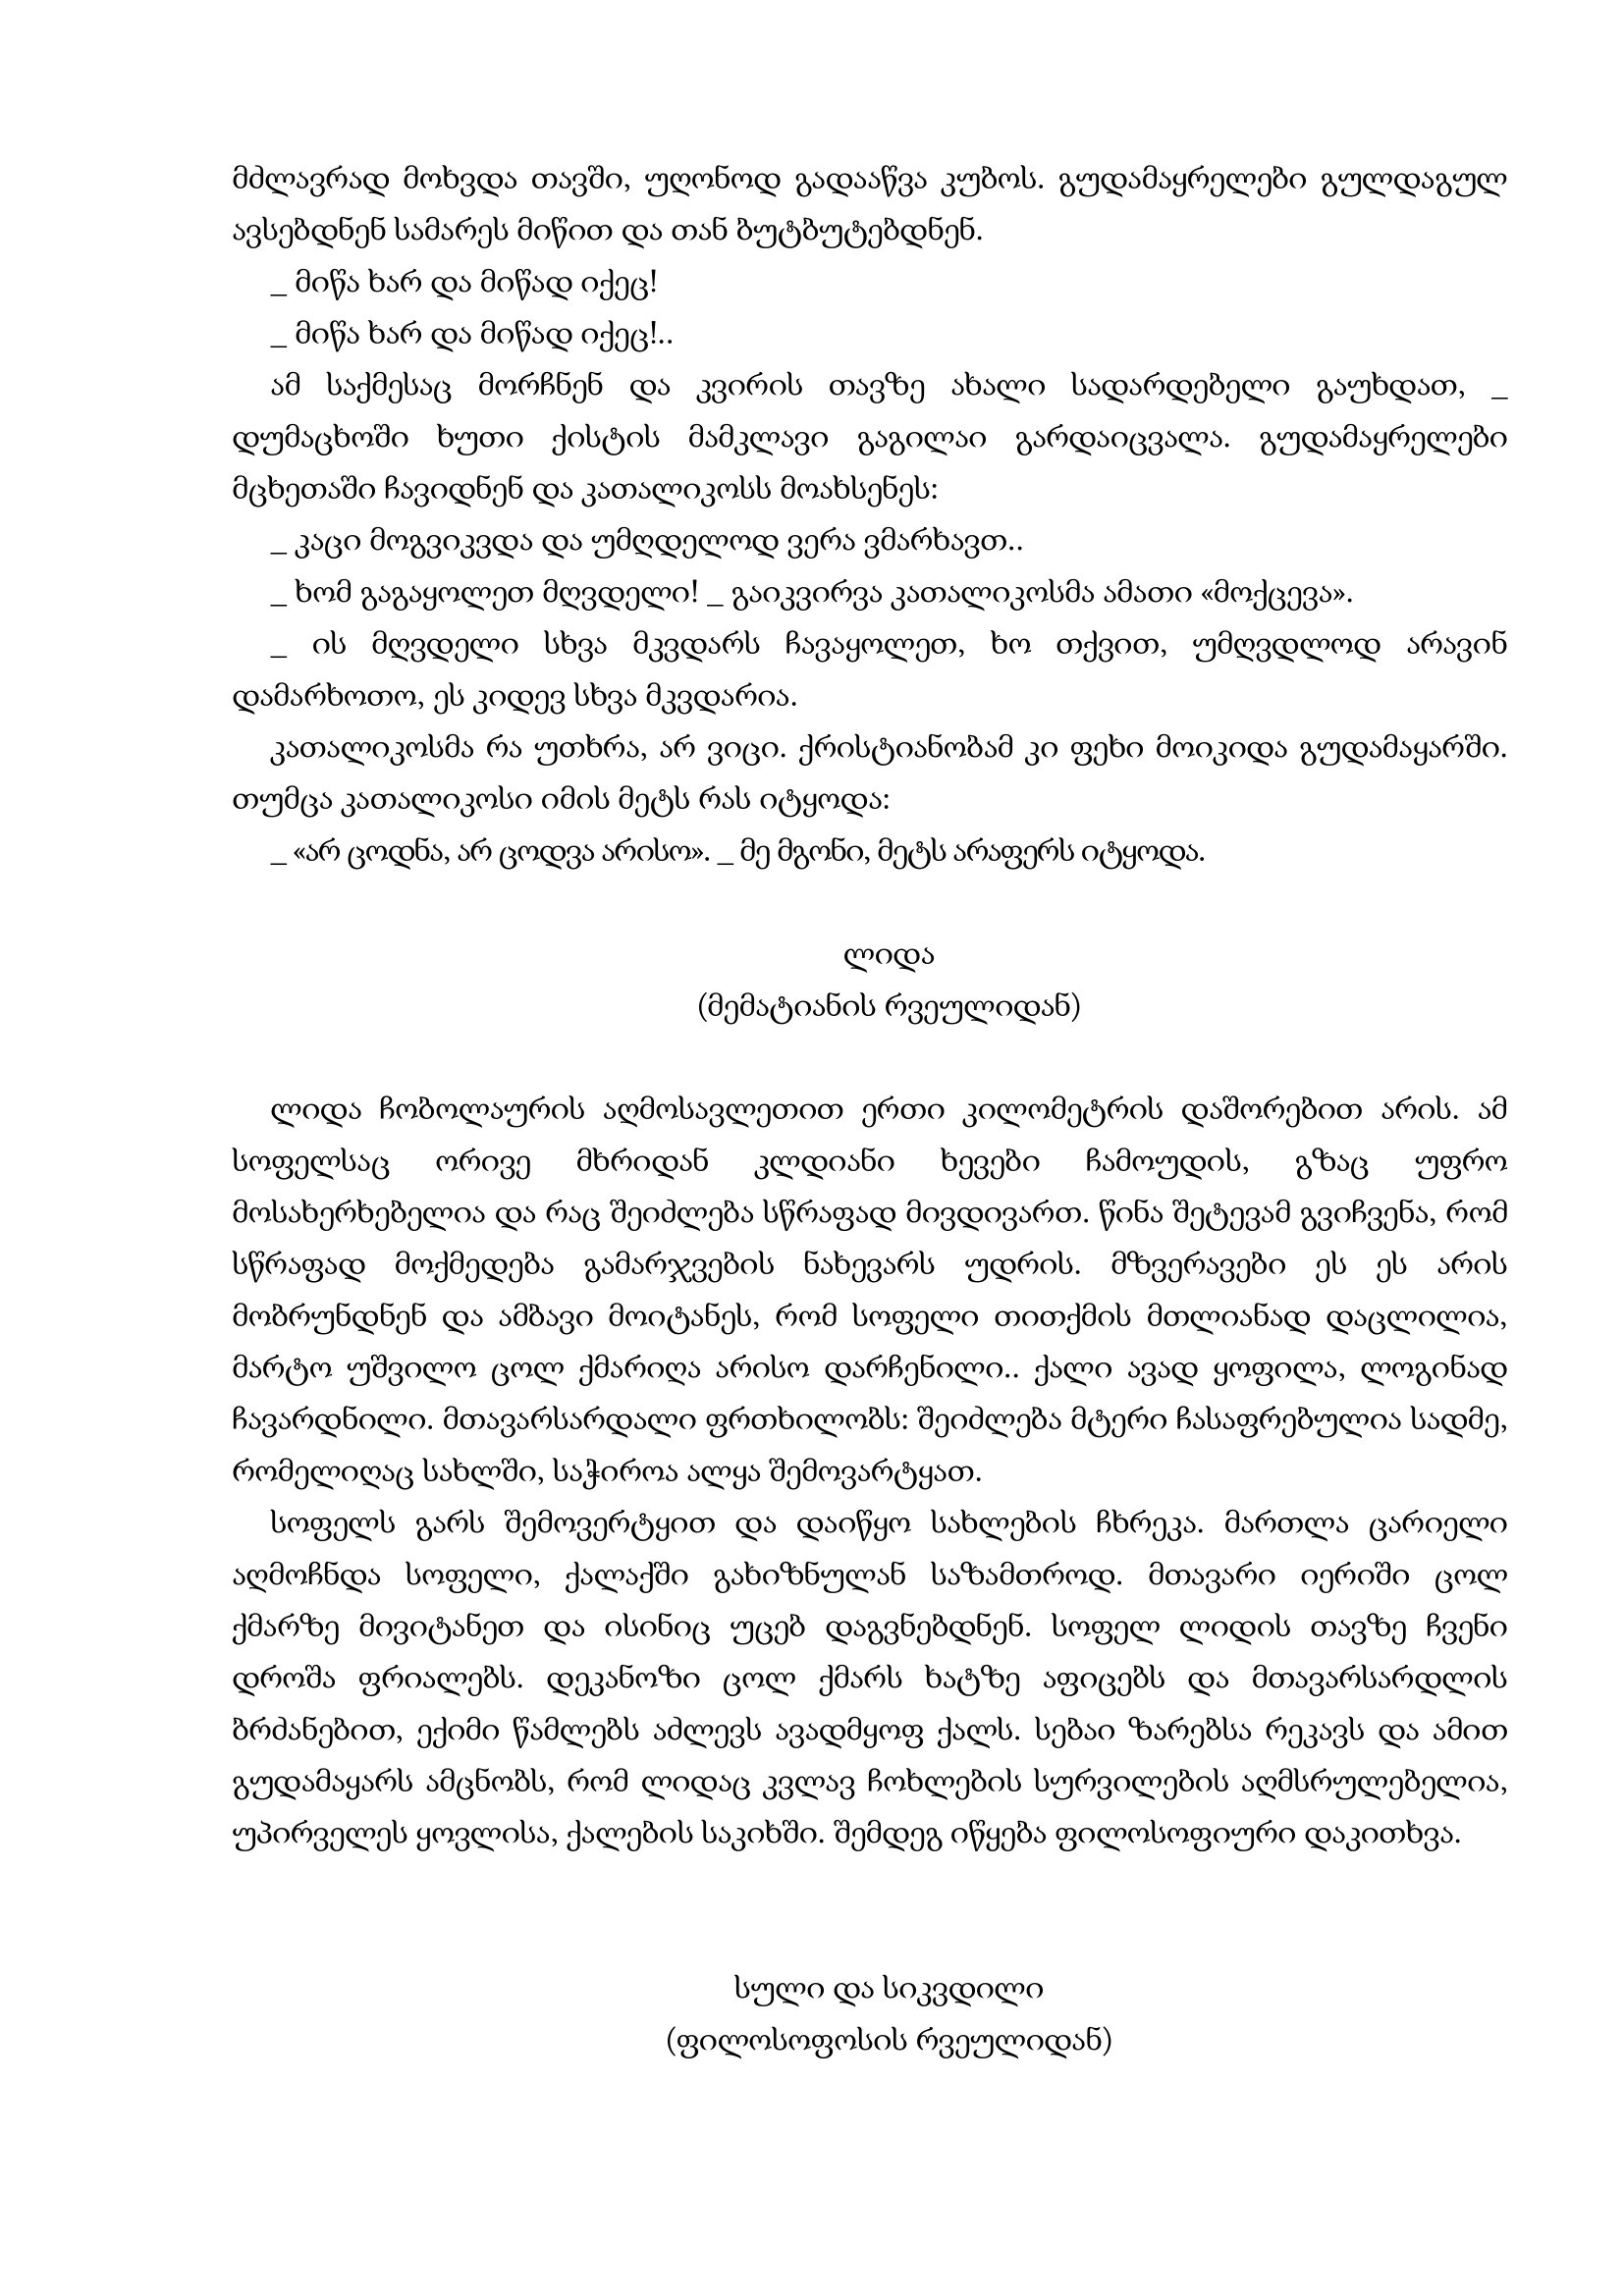
Language: gr